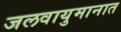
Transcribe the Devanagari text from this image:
जलवायुमानात